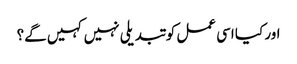
اور کیا اسی عمل کو تبدیلی نہیں کہیں گے؟